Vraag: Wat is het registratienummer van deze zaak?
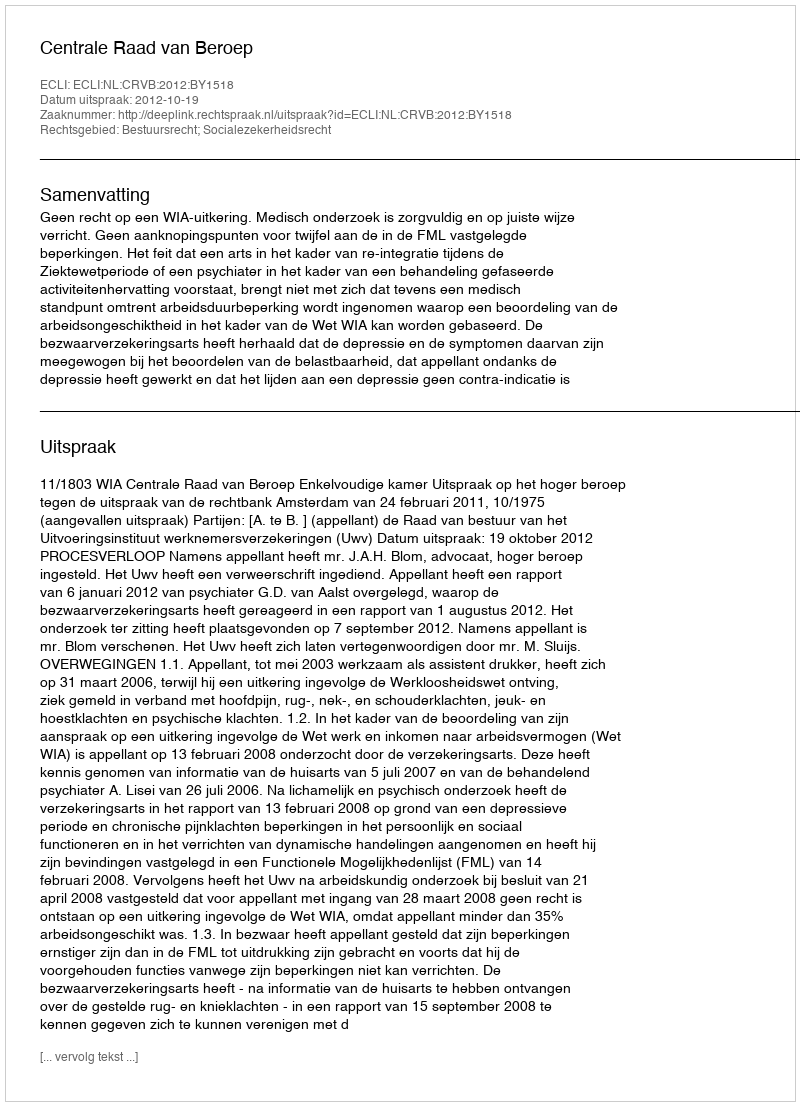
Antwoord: http://deeplink.rechtspraak.nl/uitspraak?id=ECLI:NL:CRVB:2012:BY1518